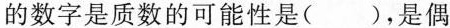
的数字是质数的可能性是( )，是偶